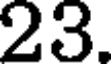
23.